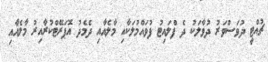
ޗުއްޓީ ދުވަސްވަރު ދުވާލަކު ދެ ފްލައިޓު ފުވައްމުލަކާއި މާލެއާއި ދެމެދު އޮޕަރޭޓްކުރާއިރު މާލެއާއި